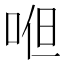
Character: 𭈂